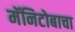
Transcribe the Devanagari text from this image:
मॅनिटोबाचा